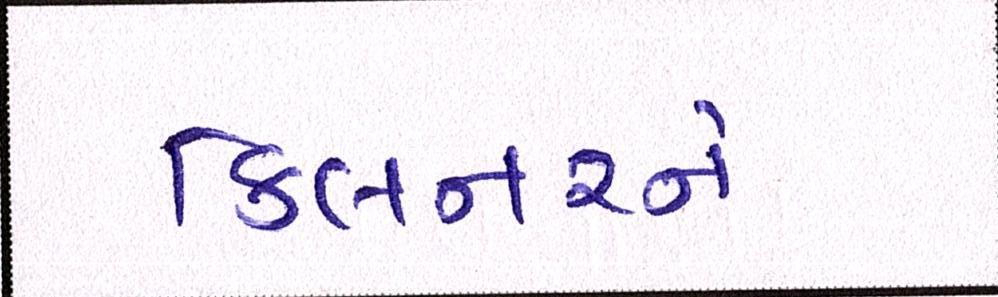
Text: કિલનરને